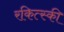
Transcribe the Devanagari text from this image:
रकित्स्की